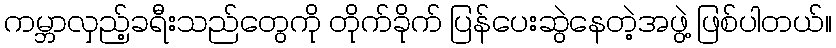
ကမ္ဘာလှည့်ခရီးသည်တွေကို တိုက်ခိုက် ပြန်ပေးဆွဲနေတဲ့အဖွဲ့ ဖြစ်ပါတယ်။